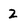
Character: 2